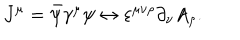
J ^ { \mu } = \bar { \psi } \gamma ^ { \mu } \psi \leftrightarrow \varepsilon ^ { \mu \nu \rho } \partial _ { \nu } A _ { \rho } .